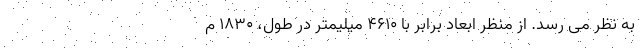
به نظر می رسد. از منظر ابعاد برابر با 4610 میلیمتر در طول، 1830 م